Punjab Mental Hospital Lahore 1932-46 - 1932-1946
Year: 1932
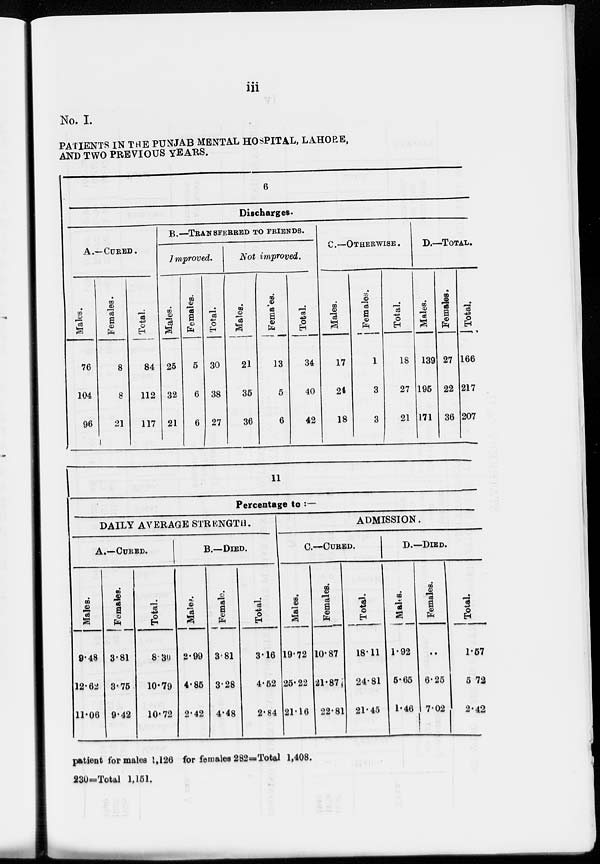
iii
No. I.
PATIENTS IN THE PUNJAB MENTAL HOSPITAL, LAHORE,
AND TWO PREVIOUS YEARS.
6
Discharges.
A.—CURED.
Males.
76
104
96
Females.
8
8
21
Total.
84
112
117
B.—TRANSFERRED TO FRIENDS.
Improved.
Males.
25
32
21
Females.
5
6
6
Total.
30
38
27
Not improved.
Males.
21
35
36
Females.
13
5
6
Total.
34
40
42
C—OTHERWISE.
Males.
17
24
18
Females.
1
3
3
Total.
18
27
21
D.—TOTAL.
Males.
139
195
171
Females.
27
22
36
Total.
166
217
207
11
Percentage to :—
DAILY AVERAGE STRENGTH.
A.—CURED.
Males.
9.48
12.62
11.06
Females.
3.81
3.75
9.42
Total.
8.30
10.79
10.72
B.—DIED.
Males.
2.99
4.85
2.42
Female.
3.81
3.28
4.48
Total.
3.16
4.62
2.84
ADMISSION.
C—CURED.
Males.
19.72
25.22
21.16
Females.
10.87
21.87
22.81
Total.
18.11
24.81
21.45
D.—DIED.
Males.
1.92
5.65
1.46
Females.
..
6.25
7.02
Total.
1.57
5.72
2.42
patient for males 1,126 for females 282=Total 1,408.
230=Total 1,151.